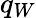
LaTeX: q_{W}